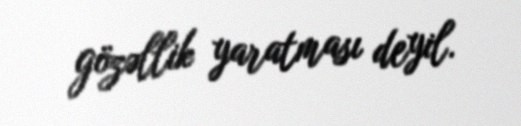
gözəllik yaratması deyil.